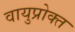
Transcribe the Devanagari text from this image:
वायुप्रोक्त